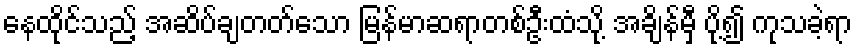
နေထိုင်သည့် အဆိပ်ချတတ်သော မြန်မာဆရာတစ်ဦးထံသို့ အချိန်မှီ ပို့၍ ကုသခဲ့ရာ